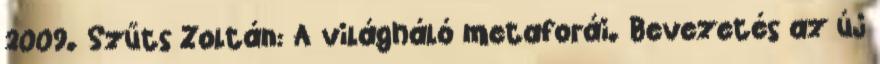
2009. Szűts Zoltán: A világháló metaforái. Bevezetés az új